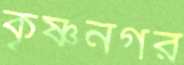
কৃষ্ণনগর